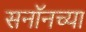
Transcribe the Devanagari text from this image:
सनॉनच्या